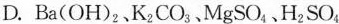
D. Ba(OH)_{2}、K_{2}CO_{3}、MgSO_{4}、 H_{2}SO_{4}